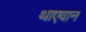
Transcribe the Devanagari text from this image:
थाएवान